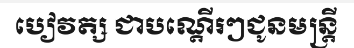
បៀវត្ស ជាបណ្តើរៗជូនមន្ត្រី